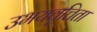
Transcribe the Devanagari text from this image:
उभयवृत्तिता